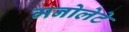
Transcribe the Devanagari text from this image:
मनोलेटे